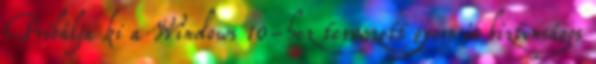
Próbálja ki a Windows 10-hez tervezett gyors és biztonságos